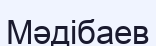
Мәдібаев